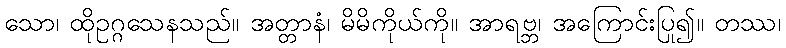
သော၊ ထိုဥဂ္ဂသေနသည်။ အတ္တာနံ၊ မိမိကိုယ်ကို။ အာရဗ္ဘ၊ အကြောင်းပြု၍။ တဿ၊